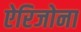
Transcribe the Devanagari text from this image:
ऐरिजोना